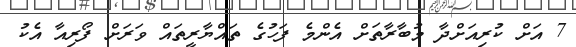
7 އަށް ކުރިއަށްދާ މުބާރާތަށް އެންމެ ފަހުގެ ތައްޔާރީތައް ވަރަށް ފޯރިއާ އެކު